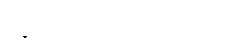
ထွက်လာတတ်ပါတယ်။